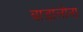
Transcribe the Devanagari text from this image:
बाडालोना